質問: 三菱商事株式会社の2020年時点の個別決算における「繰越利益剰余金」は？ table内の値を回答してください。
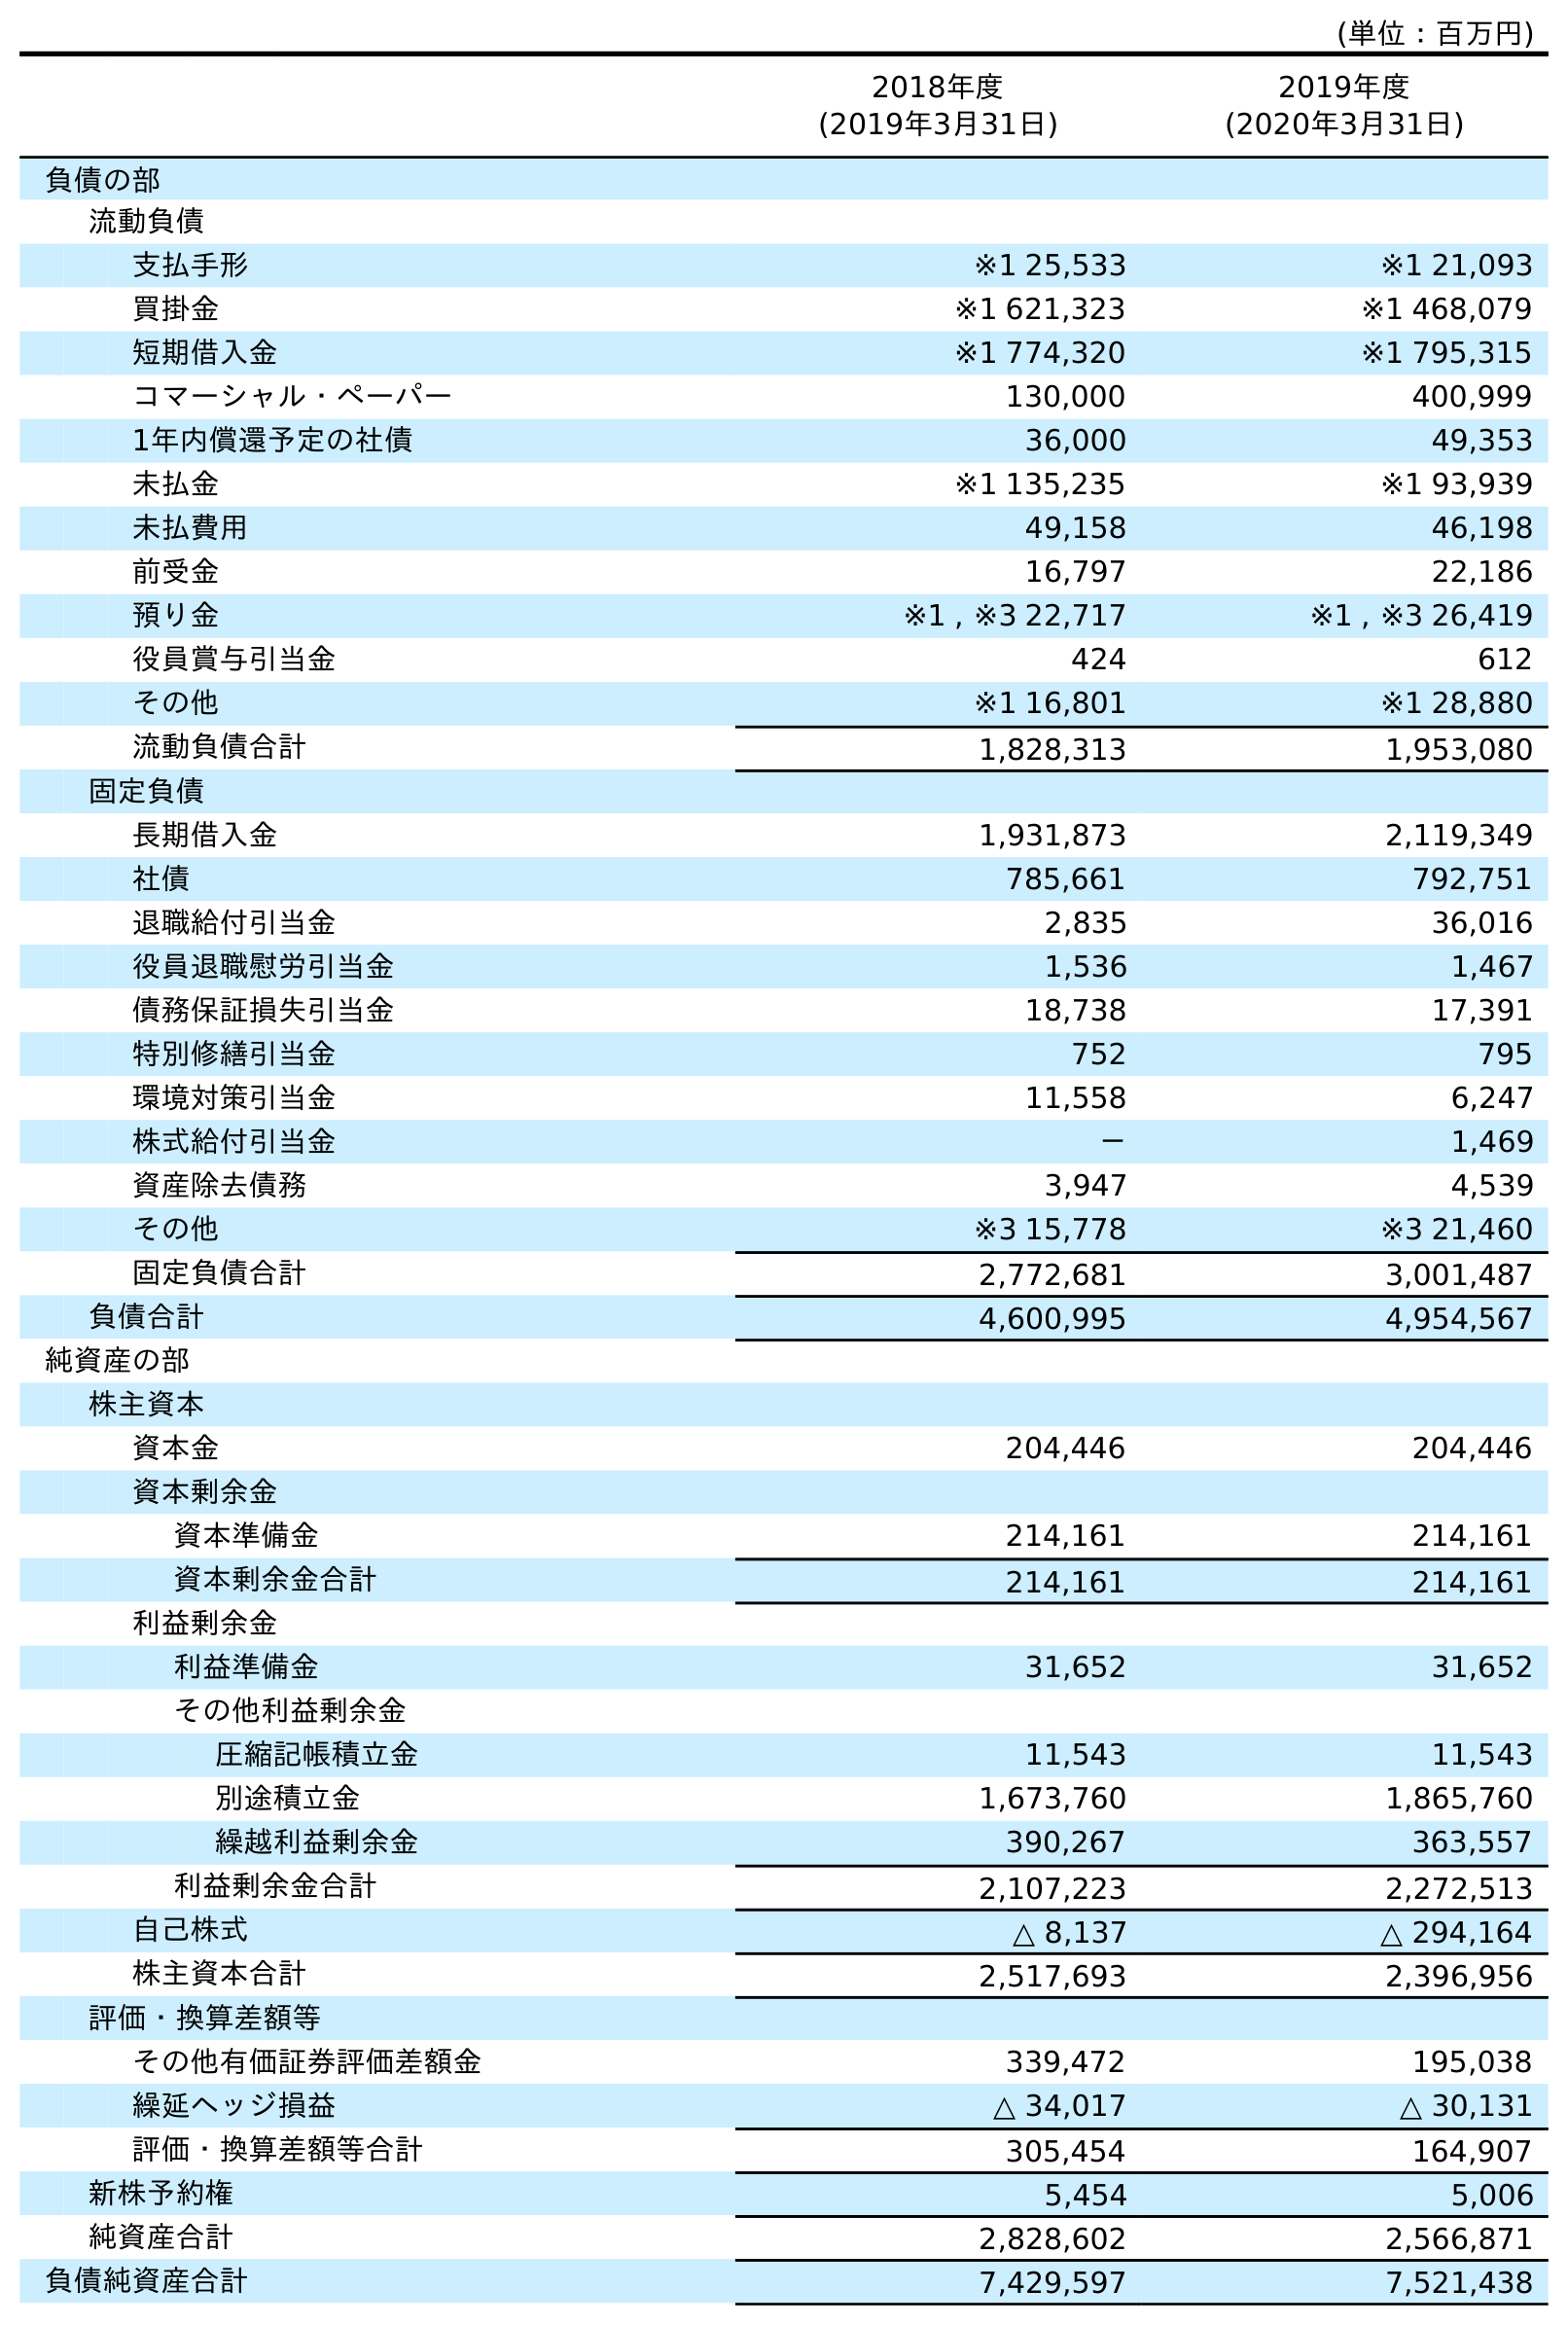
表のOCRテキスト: (単位：百万円) 2018年度 (2019年3月31日) 2019年度 (2020年3月31日) 負債の部 流動負債 支払手形 ※1 25,533 ※1 21,093 買掛金 ※1 621,323 ※1 468,079 短期借入金 ※1 774,320 ※1 795,315 コマーシャル・ペーパー 130,000 400,999 1年内償還予定の社債 36,000 49,353 未払金 ※1 135,235 ※1 93,939 未払費用 49,158 46,198 前受金 16,797 22,186 預り金 ※1 , ※3 22,717 ※1 , ※3 26,419 役員賞与引当金 424 612 その他 ※1 16,801 ※1 28,880 流動負債合計 1,828,313 1,953,080 固定負債 長期借入金 1,931,873 2,119,349 社債 785,661 792,751 退職給付引当金 2,835 36,016 役員退職慰労引当金 1,536 1,467 債務保証損失引当金 18,738 17,391 特別修繕引当金 752 795 環境対策引当金 11,558 6,247 株式給付引当金 － 1,469 資産除去債務 3,947 4,539 その他 ※3 15,778 ※3 21,460 固定負債合計 2,772,681 3,001,487 負債合計 4,600,995 4,954,567 純資産の部 株主資本 資本金 204,446 204,446 資本剰余金 資本準備金 214,161 214,161 資本剰余金合計 214,161 214,161 利益剰余金 利益準備金 31,652 31,652 その他利益剰余金 圧縮記帳積立金 11,543 11,543 別途積立金 1,673,760 1,865,760 繰越利益剰余金 390,267 363,557 利益剰余金合計 2,107,223 2,272,513 自己株式 △ 8,137 △ 294,164 株主資本合計 2,517,693 2,396,956 評価・換算差額等 その他有価証券評価差額金 339,472 195,038 繰延ヘッジ損益 △ 34,017 △ 30,131 評価・換算差額等合計 305,454 164,907 新株予約権 5,454 5,006 純資産合計 2,828,602 2,566,871 負債純資産合計 7,429,597 7,521,438
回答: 363,557